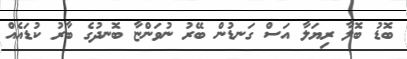
ބޮޑު ބޮލާ ރިޔަލާ އަސް ގަނޑުން ބޭރު ނުވަންޏާ ބޮނދުގެ ބާރު ކުޑައެއް